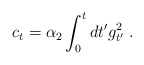
\begin{align*}c_t = \alpha_2 \int_0^{t} d t^{\prime} g_{t^{\prime}}^2 \; . \end{align*}